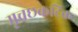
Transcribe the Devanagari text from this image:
मृचछकटिक